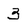
Character: 3